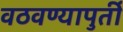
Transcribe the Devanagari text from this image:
वठवण्यापुर्ती